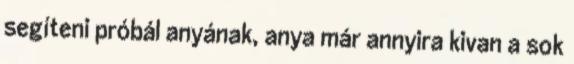
segíteni próbál anyának, anya már annyira kivan a sok